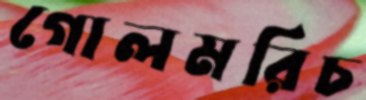
গোলমরিচ